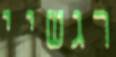
רגשיי